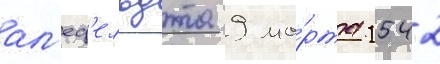
ал'еф'ельдта 9 ма́рта 1542